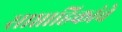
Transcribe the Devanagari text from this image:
साप्ताहिकांचे